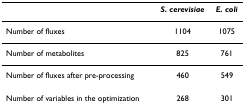
|  | S. cerevisiae | E. coli |
 | --- | --- | --- |
 | Number of fluxes | 1104 | 1075 |
 | Number of metabolites | 825 | 761 |
 | Number of fluxes after pre-processing | 460 | 549 |
 | Number of variables in the optimization | 268 | 301 |